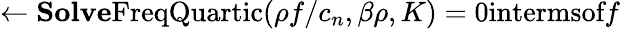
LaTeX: \gets\textbf{Solve}\textrm{FreqQuartic}(\rho f/c_{n},\beta\rho,K)=0\textrm{intermsof}f